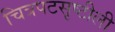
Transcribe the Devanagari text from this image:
चित्रपटसृष्टीली